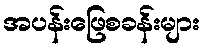
အပန်းဖြေစခန်းများ